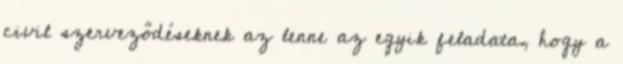
civil szerveződéseknek az lenne az egyik feladata, hogy a